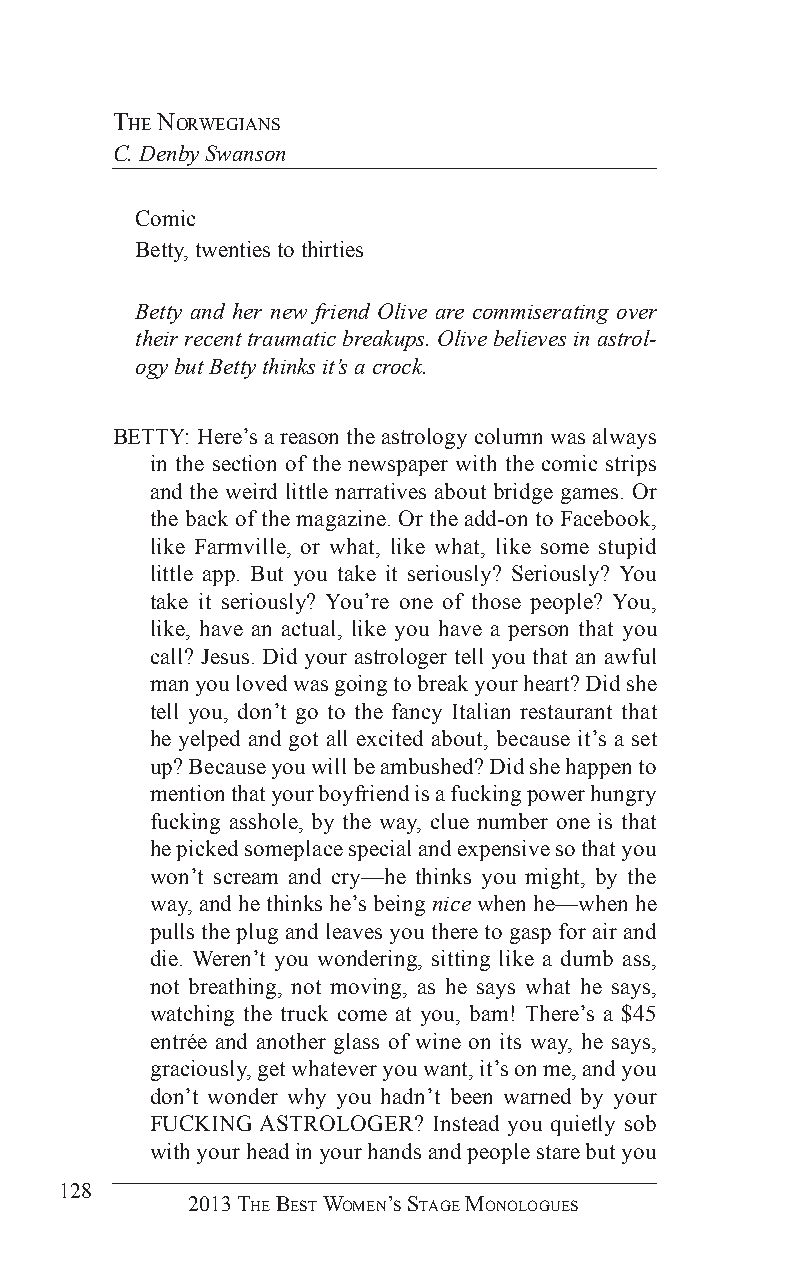
The norWegians
 C. Denby Swanson
 Comic
 Betty, twenties to thirties
 Betty and her new friend Olive are commiserating over
 their recent traumatic breakups. Olive believes in astrol-
 ogy but Betty thinks it’s a crock.
 BETTY: Here’s a reason the astrology column was always
 in the section of the newspaper with the comic strips
 and the weird little narratives about bridge games. Or
 the back of the magazine. Or the add-on to Facebook,
 like Farmville, or what, like what, like some stupid
 little app. But you take it seriously? Seriously? You
 take it seriously? You’re one of those people? You,
 like, have an actual, like you have a person that you
 call? Jesus. Did your astrologer tell you that an awful
 man you loved was going to break your heart? Did she
 tell you, don’t go to the fancy Italian restaurant that
 he yelped and got all excited about, because it’s a set
 up? Because you will be ambushed? Did she happen to
 mention that your boyfriend is a fucking power hungry
 fucking asshole, by the way, clue number one is that
 he picked someplace special and expensive so that you
 won’t scream and cry—he thinks you might, by the
 way, and he thinks he’s being nice when he—when he
 pulls the plug and leaves you there to gasp for air and
 die. Weren’t you wondering, sitting like a dumb ass,
 not breathing, not moving, as he says what he says,
 watching the truck come at you, bam! There’s a $45
 entrée and another glass of wine on its way, he says,
 graciously, get whatever you want, it’s on me, and you
 don’t wonder why you hadn’t been warned by your
 FUCKING ASTROLOGER? Instead you quietly sob
 with your head in your hands and people stare but you
 128
 2013 The BesT Women’s sTage monologues